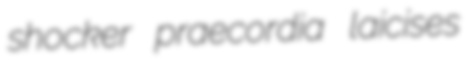
shocker praecordia laicises